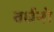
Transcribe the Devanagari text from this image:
वर्धनो